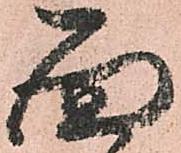
面